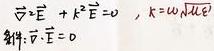
\[
\nabla^2 \mathbf{E} + k^2 \mathbf{E} = 0, \quad k = \omega \sqrt{\mu \epsilon} \\
\text{解得: } \nabla \cdot \mathbf{E} = 0
\]